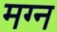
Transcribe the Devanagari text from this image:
मग्‍न